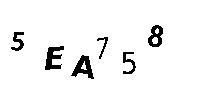
5EA758